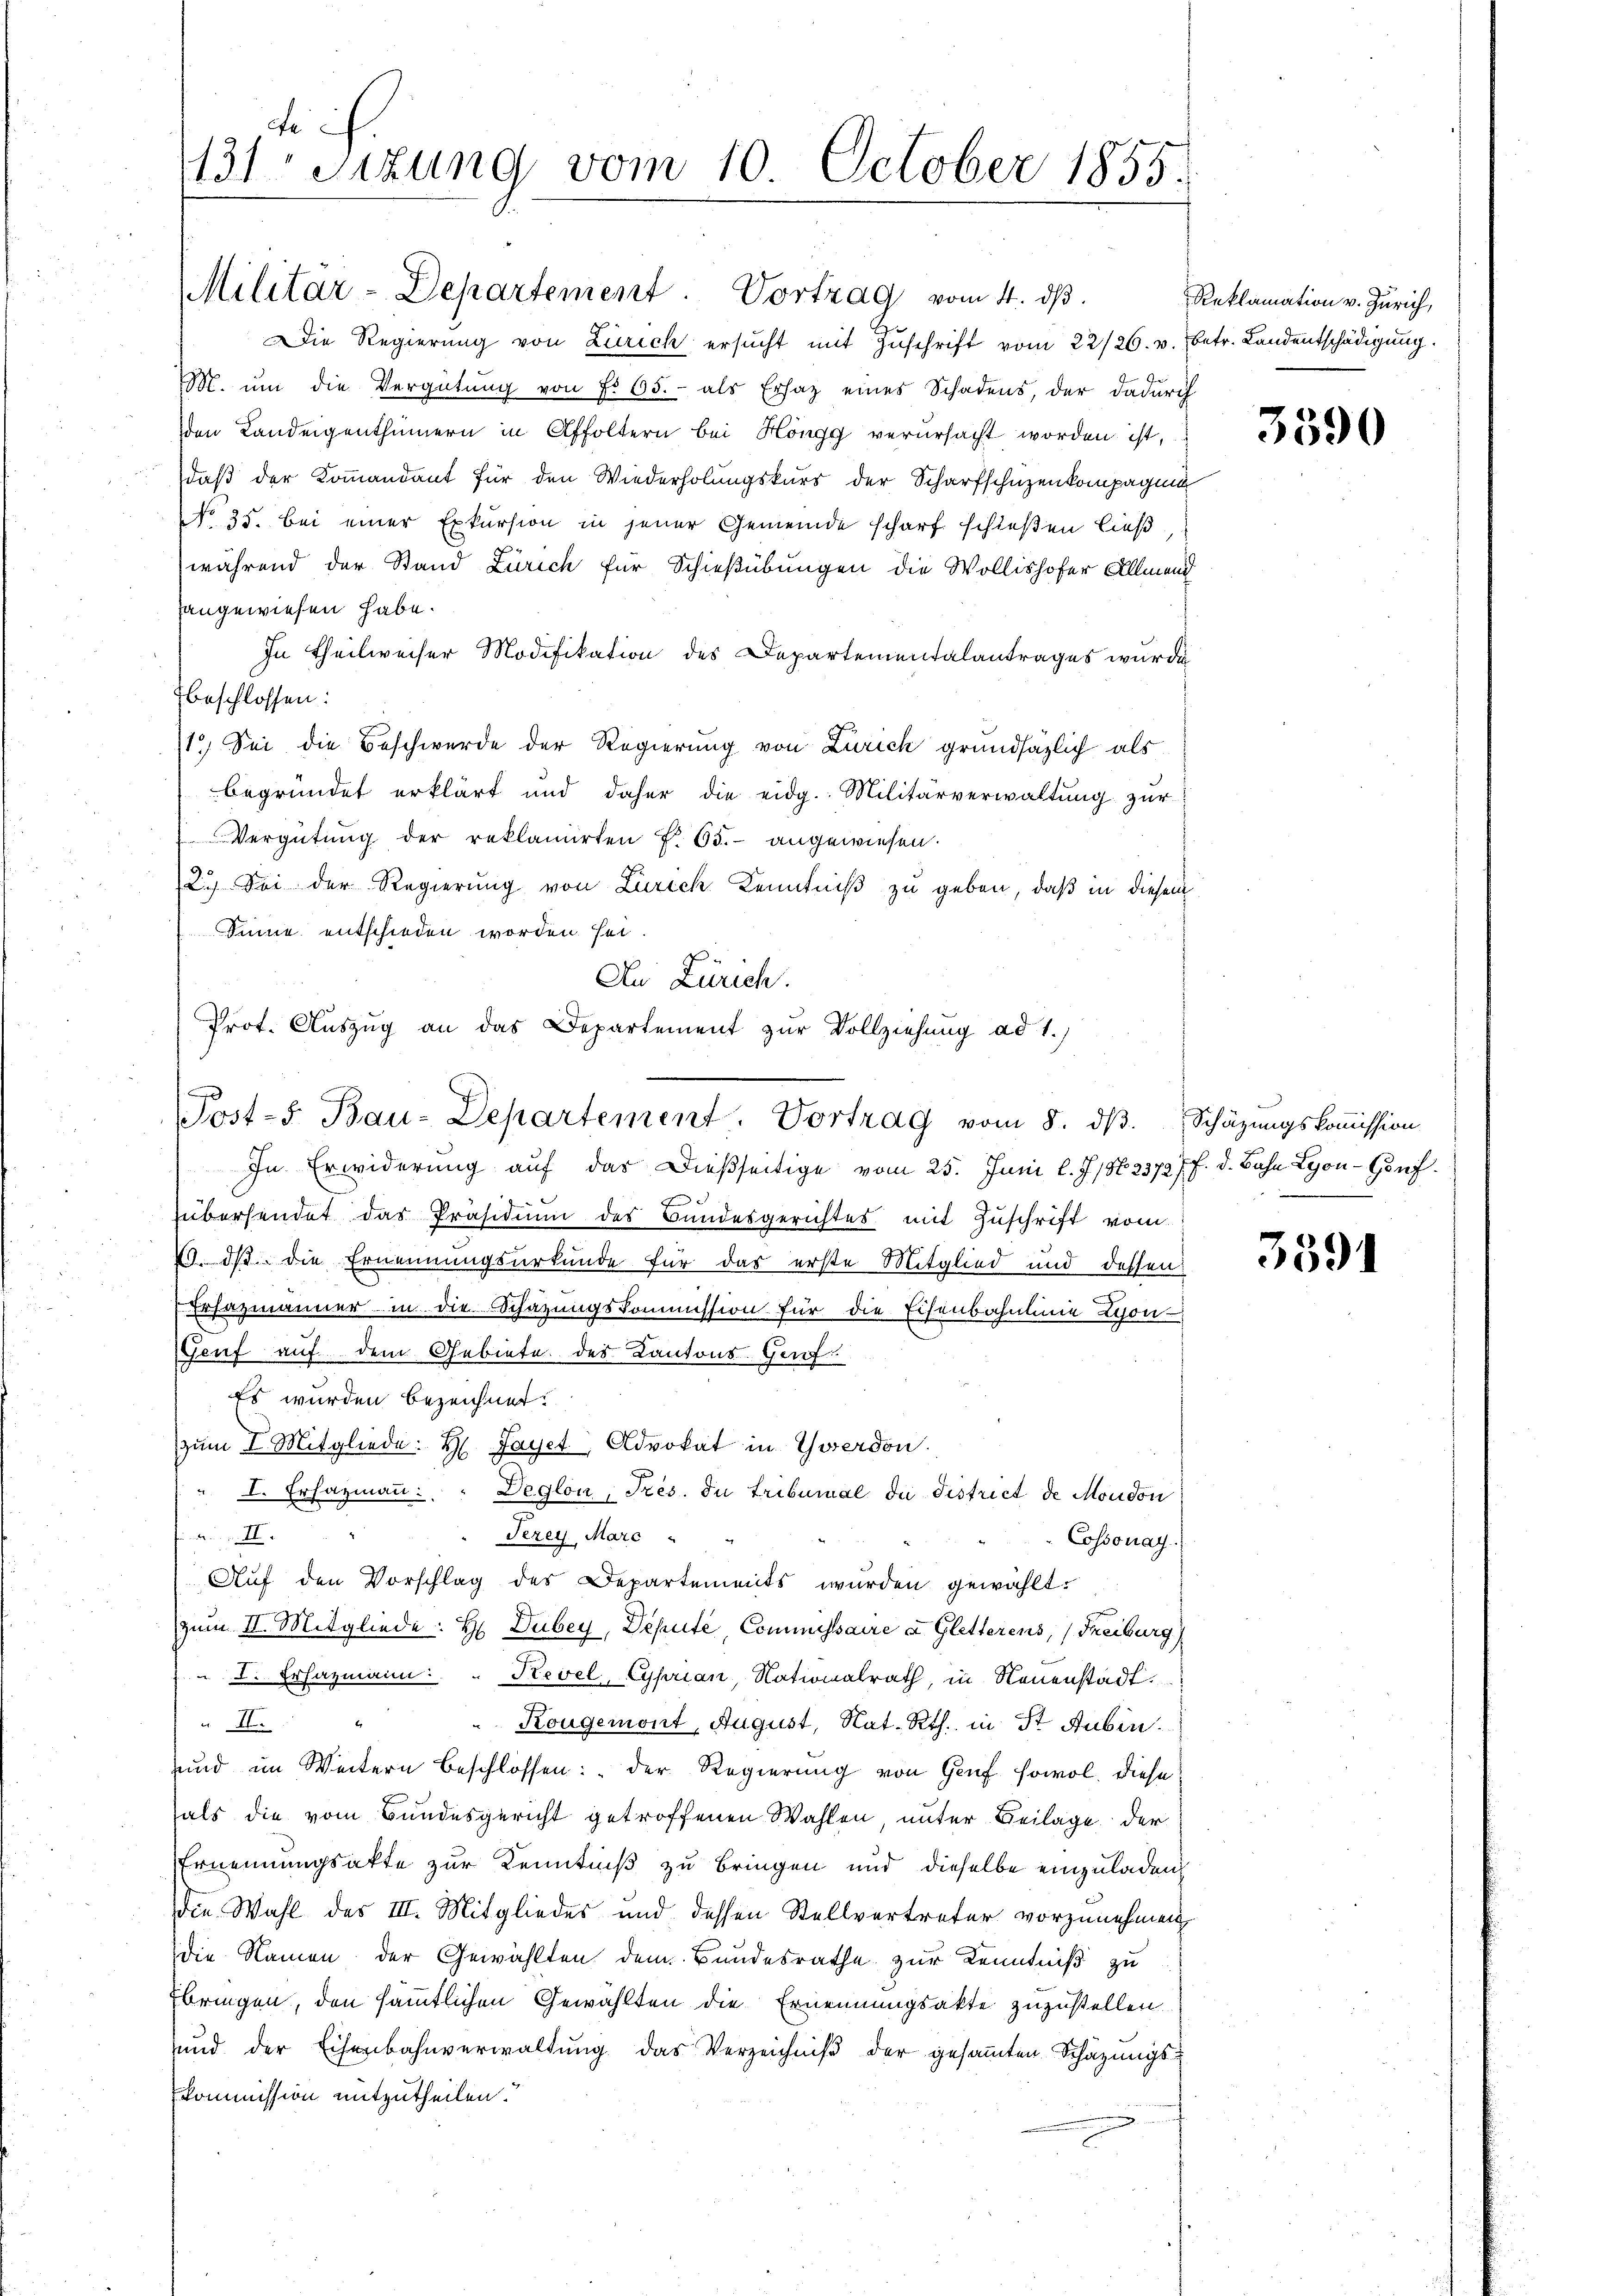
fe
131 Sizung vom 10. October 1855.

Militar-Departement. Vortrag vom 4. dβ.
Die Regierŭng von Zürich ersŭcht mit Zŭschrift vom 22/26. v. Betr. Landentschädigung.
M. um die Vergütung von Fr. 65. - als Ersatz eines Schadens, der dadurch
den Landeigenthümern in Affoltern bei Höngg verŭrsacht worden ist,
daß der Kommandant für den Wiederholungskurs der Scharfschuzenkompagni
No 35. bei einer Exkursion in jener Gemeinde scharf schießen ließ
während der Stand Zürich für Schießübungen die Wollishofer Allmend
hangewiesen habe.
In Theilweiser Modifikation des Departementalantrages wurde
beschlossen:
1.) Sei die Beschwerde der Regierung von Zürich grundsätzlich als
begründet erklärt und daher die eidg. Militärverwaltŭng zur
Vergütŭng der reklamirten f. 65. angewiesen.
2.) Sei der Regierung von Zürich Kenntniß zu geben, daß in diesem
Sinne entschieden worden sei.
In Erwiderung auf das Dießseitige vom 25. Juni l. J. 18. 23727 f. d. Bahn Lyon-Gorf.
übersendet das Präsidium des Bundesgerichtes mit Zuschrift vom
1. dß die Ernennungsurkunde für das erste Mitglied und dessen
Erhazmänner - in die Schazungskommission für die Eisenbahnlinie Lyon
Genf auf dem Gebiete des Kantons-Gerf
Es wurden bezeichnet.
zŭm I. Mitgliede: H Jayet Advokat in Yverdon
" I. Ersazmann: " Deglon, Tres. du Tribunal da district de Moudon
Terey Marc
d. II
Cossonay
Auf den Vorschlag des Departements wurden gewählt.
zum II. Mitgliede: H Duber, Depute Commissaire d. Gletterens, Freiburg,
" L. Erhazmann: " Kevel, Cyprian, Nationalrath, in Neuenstadt.
 II.
Kougemont, August, Nat. Rth. in Sr Dubin.
und im Weitern beschlossen: „Der Regierung von Genf sowol, diese
als die vom Bundesgericht getroffenen Wahlen, unter Beilage der
Ernennungsakte zur Kenntniß zu bringen und dieselbe einzuladen
die Wahl des III. Mitgliedes und dessen Stellvertreter vorzunehmen
die Namen der Gewählten dem Bundesrathe zur Kenntniß zu
Ebringen, den sämmtlichen Gewählten die Ernennungsakte zuzustellen.
und der Eisenbahnverwaltŭng das Verzeichniβ der gesamten Schazungs¬
Kommission mitzutheilen.

An Zürich.
Prot. Auszug an das Departement zur Vollziehung ad 1.)
Post-S. Bau-Departement. Vortrag vom 8. dβ. Schätzungskoṁission

Reklamation v. Zürich,

3590

3591